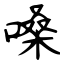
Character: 嗓